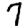
Digit: 7